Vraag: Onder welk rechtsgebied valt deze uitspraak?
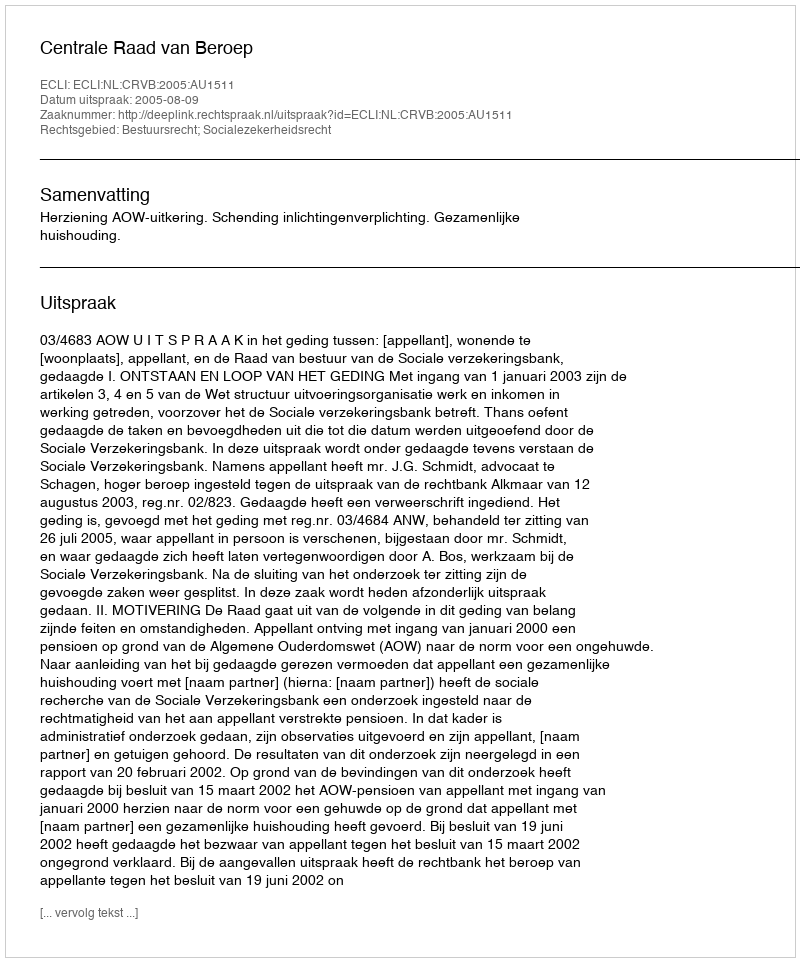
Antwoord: Bestuursrecht; Socialezekerheidsrecht